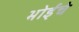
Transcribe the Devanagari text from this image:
भोईंचे